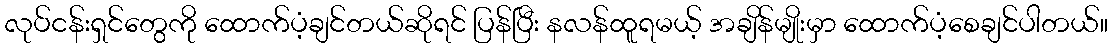
လုပ်ငန်းရှင်တွေကို ထောက်ပံ့ချင်တယ်ဆိုရင် ပြန်ပြီး နလန်ထူရမယ့် အချိန်မျိုးမှာ ထောက်ပံ့စေချင်ပါတယ်။